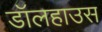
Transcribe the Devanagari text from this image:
डॉलहाउस